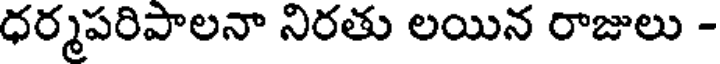
ధర్మపరిపాలనా నిరతు లయిన రాజులు -